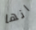
انها